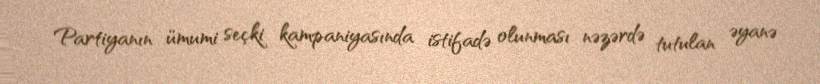
Partiyanın ümumi seçki kampaniyasında istifadə olunması nəzərdə tutulan əyanə